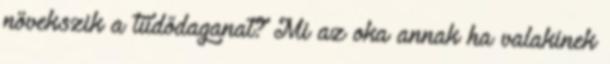
növekszik a tüdődaganat? Mi az oka annak ha valakinek